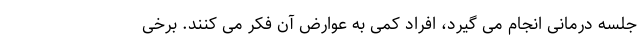
جلسه درمانی انجام می گیرد، افراد کمی به عوارض آن فکر می کنند. برخی